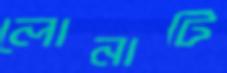
লোনাটি